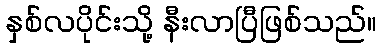
နှစ်လပိုင်းသို့ နီးလာပြီဖြစ်သည်။